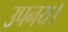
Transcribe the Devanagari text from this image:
उपनय।